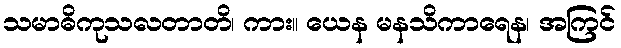
သမာဓိကုသလတာတိ၊ ကား။ ယေန မနသိကာရေန၊ အကြင်